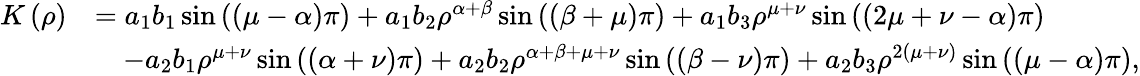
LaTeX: \begin{array}{rl}{K\left(\rho\right)}&{=a_{1}b_{1}\sin\left(\left(\mu-\alpha\right)\pi\right)+a_{1}b_{2}\rho^{\alpha+\beta}\sin\left(\left(\beta+\mu\right)\pi\right)+a_{1}b_{3}\rho^{\mu+\nu}\sin\left(\left(2\mu+\nu-\alpha\right)\pi\right)}\\ &{\quad-a_{2}b_{1}\rho^{\mu+\nu}\sin\left(\left(\alpha+\nu\right)\pi\right)+a_{2}b_{2}\rho^{\alpha+\beta+\mu+\nu}\sin\left(\left(\beta-\nu\right)\pi\right)+a_{2}b_{3}\rho^{2\left(\mu+\nu\right)}\sin\left(\left(\mu-\alpha\right)\pi\right),}\end{array}